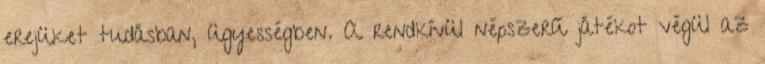
erejüket tudásban, ügyességben. A rendkívül népszerű játékot végül az